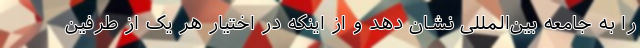
را به جامعه بین‌المللی نشان دهد و از اینکه در اختیار هر یک از طرفین